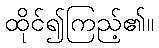
ထိုင်၍ကြည့်၏။